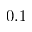
0 . 1